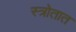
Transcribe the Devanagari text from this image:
स्त्रोतात